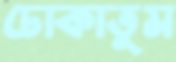
ঢোকাতুম